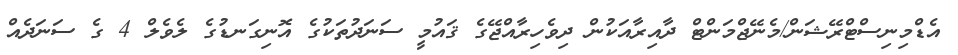
އެޑްމިނިސްޓްރޭޝަން/މެނޭޖްމަންޓް ދާއިރާއަކުން ދިވެހިރާއްޖޭގެ ޤައުމީ ސަނަދުތަކުގެ އޮނިގަނޑުގެ ލެވެލް 4 ގެ ސަނަދެއް